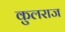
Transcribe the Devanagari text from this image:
कुलराज